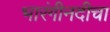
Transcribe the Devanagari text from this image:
भारंगीनदीचा